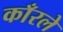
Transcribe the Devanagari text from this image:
काँरले